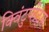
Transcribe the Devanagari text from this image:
क्विंटुप्लेट्स